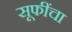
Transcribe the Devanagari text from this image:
सूफींचा